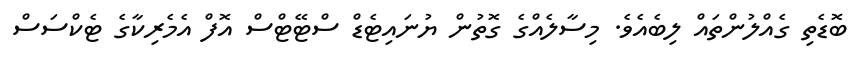
ބޮޑެތި ގެއްލުންތައް ލިބެއެވެ. މިސާލެއްގެ ގޮތުން ޔުނައިޓެޑް ސްޓޭޓްސް އޮފް އެމެރިކާގެ ޓެކްސަސް